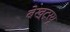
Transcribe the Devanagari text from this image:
बेख्ट्रयू